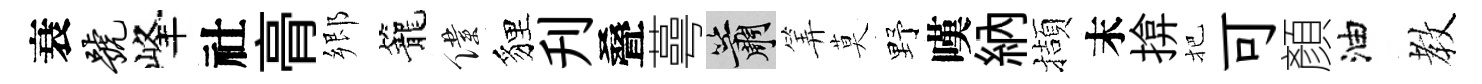
衰号峰社𮌔郷籠僕貍刋叠蕚簫筭莫野嘆納擷末揜把可顏油教